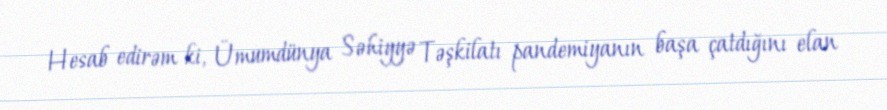
Hesab edirəm ki, Ümumdünya Səhiyyə Təşkilatı pandemiyanın başa çatdığını elan